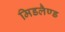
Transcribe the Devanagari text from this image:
मिडलैण्ड